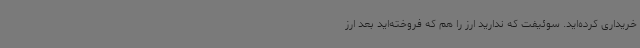
خریداری کرده‌اید. سوئیفت که ندارید ارز را هم که فروخته‌اید بعد ارز